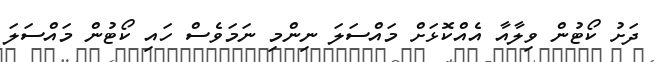
ދަށު ކޯޓުން ވިލާއާ އެއްކޮޅަށް މައްސަލަ ނިންމި ނަމަވެސް ހައި ކޯޓުން މައްސަލަ